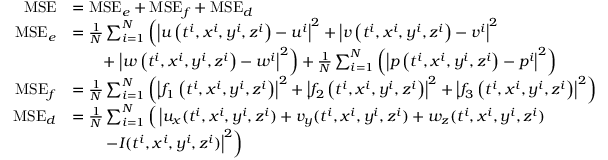
\begin{array} { r l } { \mathrm { M S E } } & { = \mathrm { M S E } _ { e } + \mathrm { M S E } _ { f } + \mathrm { M S E } _ { d } } \\ { \mathrm { M S E } _ { e } } & { = \frac { 1 } { N } \sum _ { i = 1 } ^ { N } \left( \left| u \left( t ^ { i } , x ^ { i } , y ^ { i } , z ^ { i } \right) - u ^ { i } \right| ^ { 2 } + \left| v \left( t ^ { i } , x ^ { i } , y ^ { i } , z ^ { i } \right) - v ^ { i } \right| ^ { 2 } \right. } \\ & { \qquad + \left. \left| w \left( t ^ { i } , x ^ { i } , y ^ { i } , z ^ { i } \right) - w ^ { i } \right| ^ { 2 } \right) + \frac { 1 } { N } \sum _ { i = 1 } ^ { N } \left( \left| p \left( t ^ { i } , x ^ { i } , y ^ { i } , z ^ { i } \right) - p ^ { i } \right| ^ { 2 } \right) } \\ { \mathrm { M S E } _ { f } } & { = \frac { 1 } { N } \sum _ { i = 1 } ^ { N } \left( \left| f _ { 1 } \left( t ^ { i } , x ^ { i } , y ^ { i } , z ^ { i } \right) \right| ^ { 2 } + \left| f _ { 2 } \left( t ^ { i } , x ^ { i } , y ^ { i } , z ^ { i } \right) \right| ^ { 2 } + \left| f _ { 3 } \left( t ^ { i } , x ^ { i } , y ^ { i } , z ^ { i } \right) \right| ^ { 2 } \right) } \\ { \mathrm { M S E } _ { d } } & { = \frac { 1 } { N } \sum _ { i = 1 } ^ { N } \Big ( \left| u _ { x } ( t ^ { i } , x ^ { i } , y ^ { i } , z ^ { i } ) + v _ { y } ( t ^ { i } , x ^ { i } , y ^ { i } , z ^ { i } ) + w _ { z } ( t ^ { i } , x ^ { i } , y ^ { i } , z ^ { i } ) \right. \Big . } \\ & { \qquad \left. \left. - I ( t ^ { i } , x ^ { i } , y ^ { i } , z ^ { i } ) \right| ^ { 2 } \right) } \end{array}